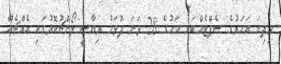
މިދިޔަ އަހަރުގެ ސެޕްޓެމްބަރު މަހުގެ 28 ވަނަ ދުވަހު ރިޔާސީ ލޯންޗުކޮޅުގައި އެއްޗެއް